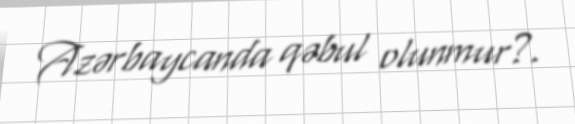
Azərbaycanda qəbul olunmur?.